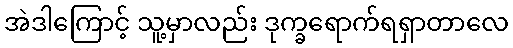
အဲဒါကြောင့် သူ့မှာလည်း ဒုက္ခရောက်ရရှာတာလေ